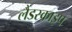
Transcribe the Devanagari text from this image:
लैंडस्काइप